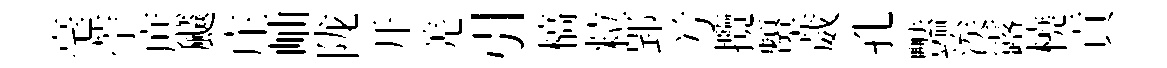
毫苧庶飇庄岫陇开羌引槁粒郢𠔃攬顰葳孔豔涘露橈貢